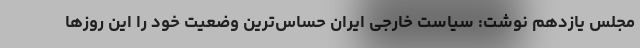
مجلس یازدهم نوشت: سیاست خارجی ایران حساس‌ترین وضعیت خود را این روزها